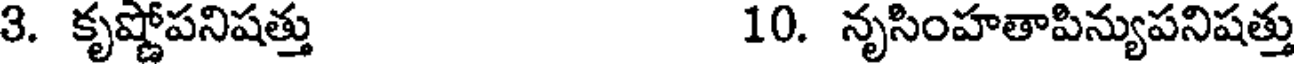
3. కృష్ణోపనిషత్తు 10. నృసింహతాపిన్యుపనిషత్తు